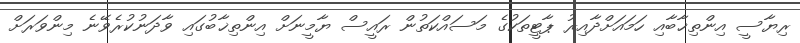
ރިޔާސީ އިންތިޚާބާއި ހަމައަށްދާއިރު ޕާޓީތަކުގެ މަސައްކަތުން ރައީސް ޔާމީނަށް އިންތިޚާބުގައި ވާދަނުކުރެވޭނެ މިންވަރަށް